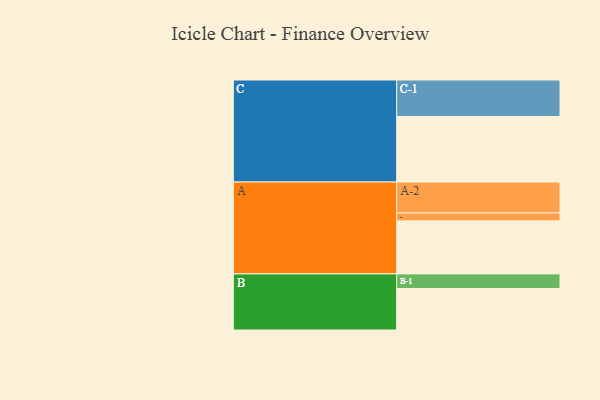
{"axis": {"x": "Segment", "y": "Value"}, "legend": ["", "A", "B", "C"], "data": [{"x": "A", "y": 411, "type": ""}, {"x": "B", "y": 322, "type": ""}, {"x": "C", "y": 508, "type": ""}, {"x": "A-1", "y": 61, "type": "A"}, {"x": "A-2", "y": 240, "type": "A"}, {"x": "B-1", "y": 113, "type": "B"}, {"x": "C-1", "y": 283, "type": "C"}]}